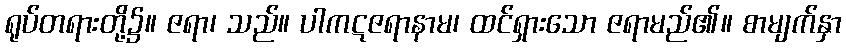
ရုပ်တရားတို့၌။ ဇရာ၊ သည်။ ပါကဋဇရာနာမ၊ ထင်ရှားသော ဇရာမည်၏။ စာမျက်နှာ